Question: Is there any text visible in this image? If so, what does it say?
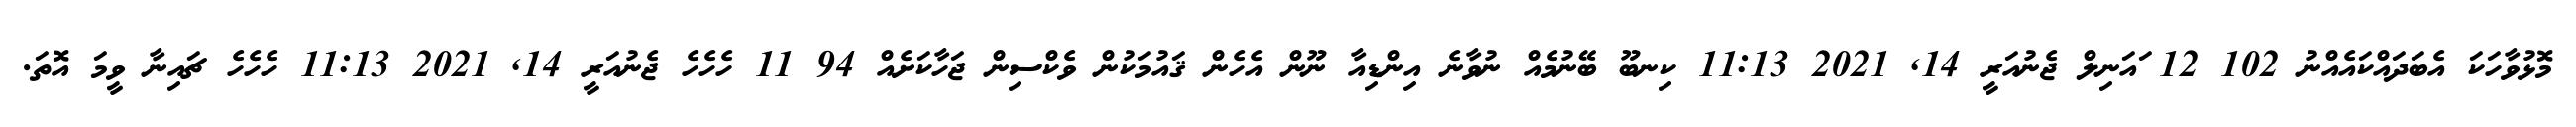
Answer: މޮޅުވާހަކަ އެބަދައްކައެއްނު 102 12 ައަނިލް ޖެނުއަރީ 14, 2021 11:13 ކިނބޫ ބޭނުމެއް ނުވާނެ އިންޑިއާ ނޫން އެހެން ޤައުމަކުން ވެކްސިން ޖަހާކަށެއް 94 11 ހެހެހެ ޖެނުއަރީ 14, 2021 11:13 ހެހެހެ ޗައިނާ ވީމަ އޮތަ.